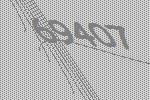
69407